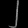
Digit: ၂